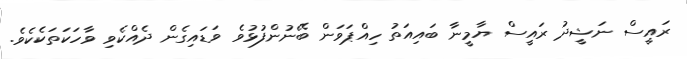
ރައީސް ނަޝީދު ރައީސް ޔާމީނާ ބައިއަތު ހިއްޕަވަން ބޭނުންފުޅުވެ ވަޑައިގެން ދެއްކެވި ވާހަކަތަކެކެވެ.